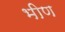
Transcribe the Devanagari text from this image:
भीण